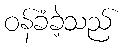
ဝန်ခံခဲ့သည်